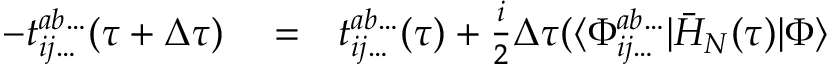
\begin{array} { r l r } { - t _ { i j \dots } ^ { a b \dots } ( \tau + \Delta \tau ) } & { { } = } & { t _ { i j \dots } ^ { a b \dots } ( \tau ) + \frac { i } { 2 } \Delta \tau ( \langle \Phi _ { i j \dots } ^ { a b \dots } | \bar { H } _ { N } ( \tau ) | \Phi \rangle } \end{array}